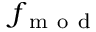
f _ { \mathrm { ~ m ~ o ~ d ~ } }